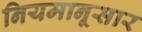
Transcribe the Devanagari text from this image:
नियमानूसार